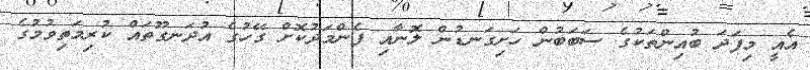
އެއީ މިފަދަ ބުއިންތަކުގެ ސަބަބުން ހަށިގަނޑުން ލޮނާއި ފެންމަދުކޮށް ގޭހުގެ އުދަނގޫތައް ކުރިމަތިވުމުގެ